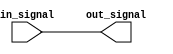
module io_buffer (
    input wire in_signal,
    output wire out_signal
);

assign out_signal = in_signal;

endmodule